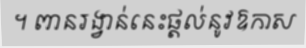
។ ពានរង្វាន់នេះផ្តល់នូវឱកាស